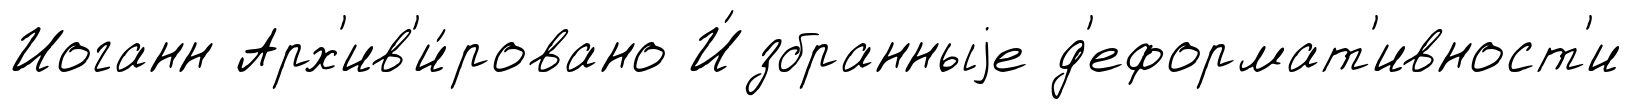
Иоганн Арх'ив'и́ровано И́збранныjе д'еформат'ивност'и